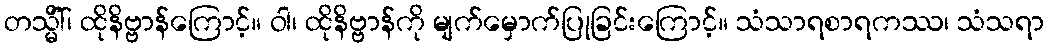
တသ္မိံါ်၊ ထိုနိဗ္ဗာန်ကြောင့်။ ဝါ၊ ထိုနိဗ္ဗာန်ကို မျက်မှောက်ပြုခြင်းကြောင့်။ သံသာရစာရကဿ၊ သံသရာ